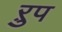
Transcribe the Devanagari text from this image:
ऱुप